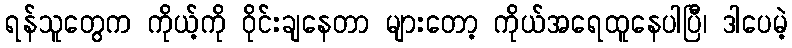
ရန်သူတွေက ကိုယ့်ကို ဝိုင်းချနေတာ များတော့ ကိုယ်အရေထူနေပါပြီ၊ ဒါပေမဲ့